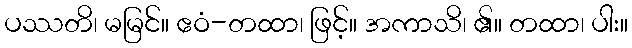
ပဿတိ၊ မမြင်။ ဧဝံ-တထာ၊ ဖြင့်။ အကာသိ၊ ၏။ တထာ၊ ပါး။